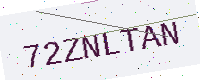
Text: 72ZNLTAN